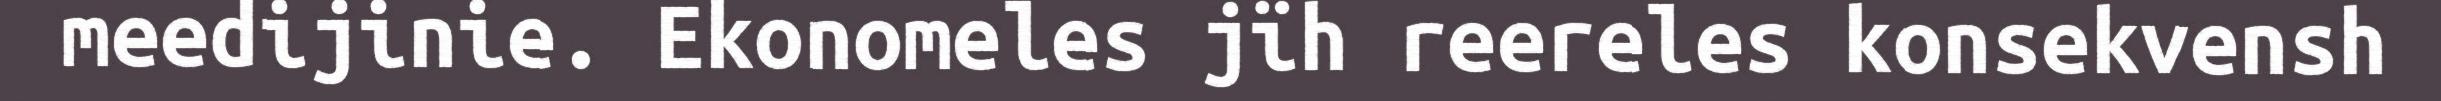
meedijinie. Ekonomeles jïh reereles konsekvensh